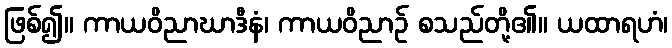
ဖြစ်၍။ ကာယဝိညာဃာဒီနံ၊ ကာယဝိညာဉ် စသည်တို့၏။ ယထာရဟံ၊